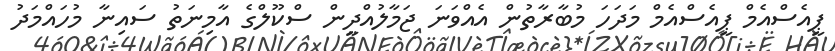
ޕީއެސްއެމް ޕީއެސްއެމް މަދަހަ މުބާރާތުން އެއްވަނަ ޖަމާލުއްދީން ސްކޫލްގެ އާމިނަތު ސައިނާ މުހައްމަދު